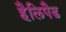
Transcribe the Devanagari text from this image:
हैलिपैड